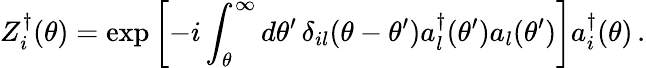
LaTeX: Z_{i}^{\dagger}(\theta)=\exp\left[-i\int_{\theta}^{\infty}d\theta^{\prime}\, \delta_{il}(\theta-\theta^{\prime})a_{l}^{\dagger}(\theta^{\prime})a_{l}(\theta^{\prime})\right]a_{i}^{\dagger}(\theta)\, .